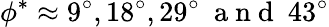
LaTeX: \phi^{*}\approx 9^{\circ},18^{\circ},29^{\circ}~\mathrm{~a~n~d~}~43^{\circ}